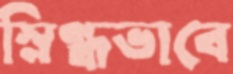
স্নিগ্ধভাবে